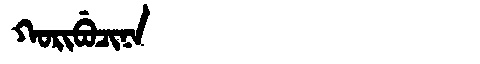
Manchu: ᡴᠣᡵᡳᠪᡠᠴᡳᠨᠠ
Romanization: KORIBUCINA